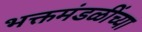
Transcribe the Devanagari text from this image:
भक्तमंडळींच्या